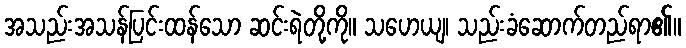
အသည်းအသန်ပြင်းထန်သော ဆင်းရဲတို့ကို။ သဟေယျ၊ သည်းခံဆောက်တည်ရာ၏။